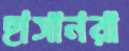
হাসানরা